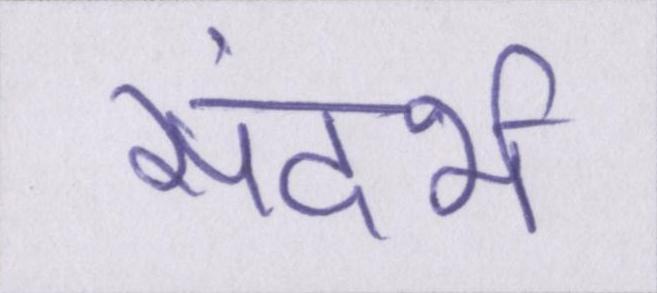
संदर्भ